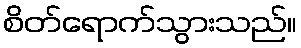
စိတ်ရောက်သွားသည်။